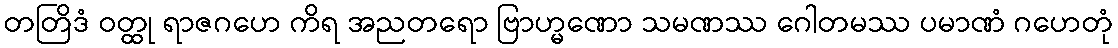
တတြိဒံ ဝတ္ထု ရာဇဂဟေ ကိရ အညတရော ဗြာဟ္မဏော သမဏဿ ဂေါတမဿ ပမာဏံ ဂဟေတုံ